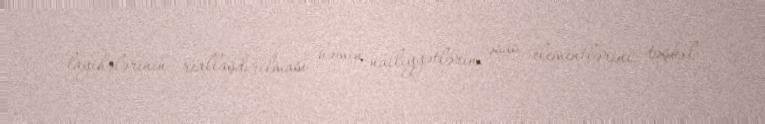
layihələrinin reallaşdırılması həmin nailiyyətlərin əsas elementlərini təşkil